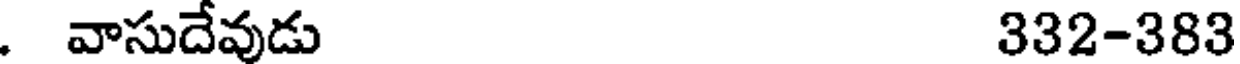
. వాసుదేవుడు 332-383